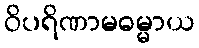
ဝိပရိဏာမဓမ္မာယ